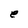
Character: e